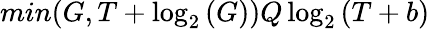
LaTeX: min(G,T+\log_{2}{(G)})Q\log_{2}{(T+b)}